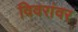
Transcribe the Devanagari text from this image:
विवरांवर